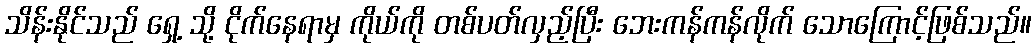
သိန်းနိုင်သည် ရှေ့ သို့ ငိုက်နေရာမှ ကိုယ်ကို တစ်ပတ်လှည့်ပြီး ဘေးကန်ကန်လိုက် သောကြောင့်ဖြစ်သည်။